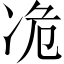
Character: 𫥊